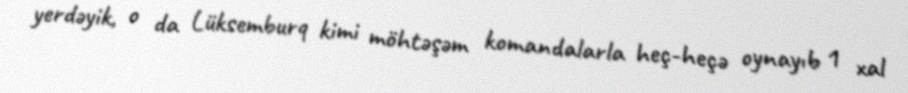
yerdəyik, o da Lüksemburq kimi möhtəşəm komandalarla heç-heçə oynayıb 1 xal